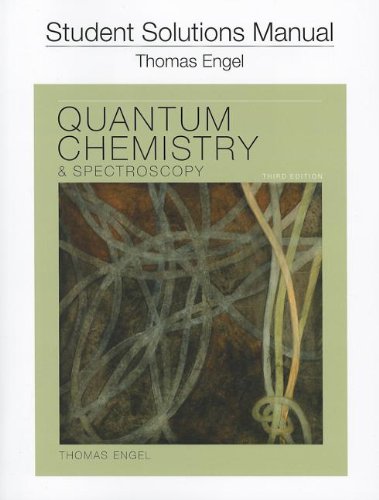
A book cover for Student Solution Manual for Quantum Chemistry and Spectroscopy; Thomas Engel; Science & Math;